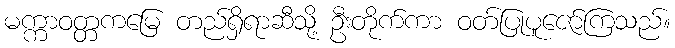
မက္ကာဝတ္တကမြေ တည်ရှိရာဆီသို့ ဦးတိုက်ကာ ဝတ်ပြုပူဇော်ကြသည်။